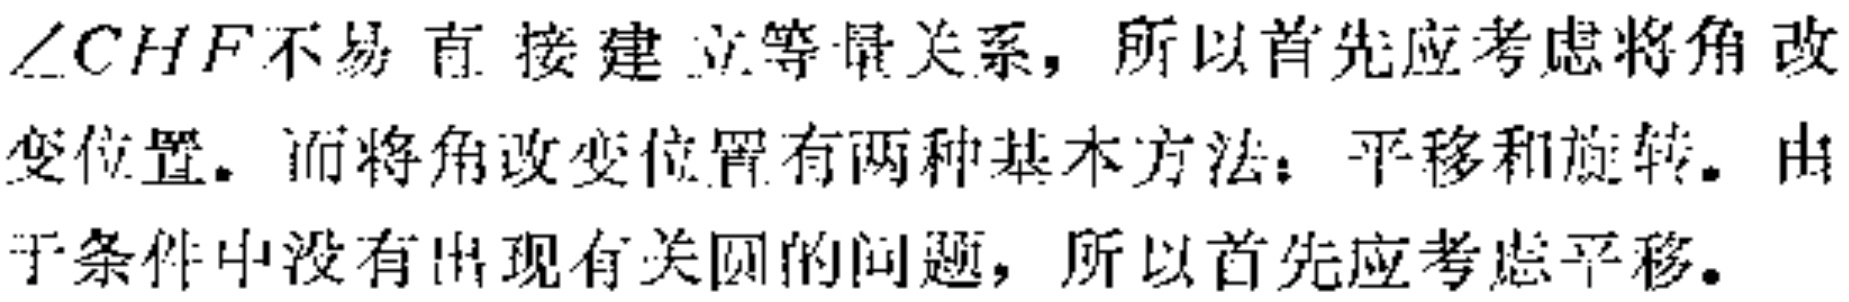
$\angle CHF$不易直接建立等量关系，所以首先应考虑将角改变位置。而将角改变位置有两种基本方法：平移和旋转。由于条件中没有出现有关圆的问题，所以首先应考虑平移。